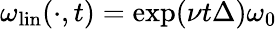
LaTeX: \omega_{\mathrm{lin}}(\cdot,t)=\exp(\nu t\Delta)\omega_{0}